Medical and sanitary report on the native army of Bombay for the year
Year: 1877
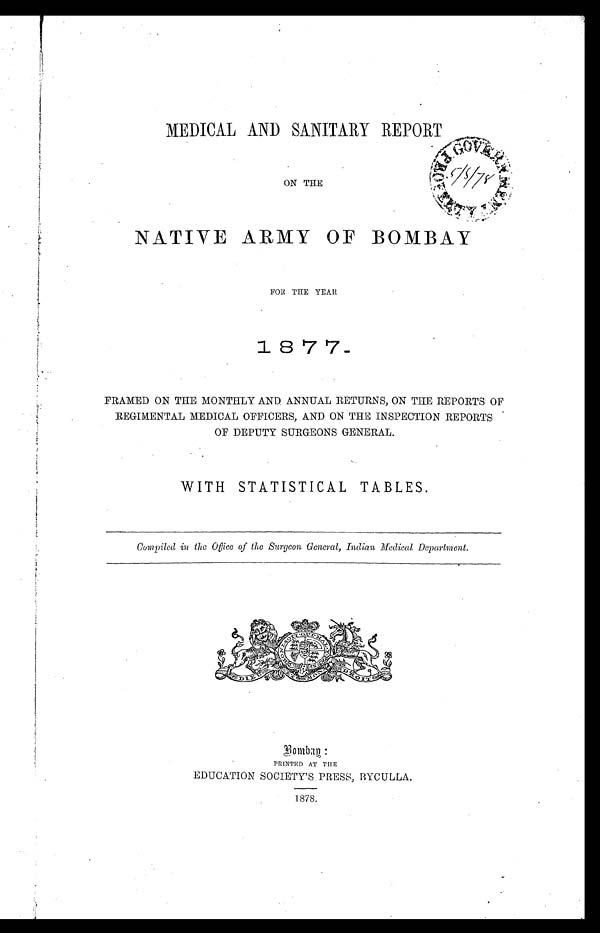
MEDICAL AND SANITARY REPORT
ON THE
NATIVE ARMY OF BOMBAY
FOR THE YEAR
1 8 7 7 -
FRAMED ON THE MONTHLY AND ANNUAL RETURNS, ON THE REPORTS OF
REGIMENTAL MEDICAL OFFICERS, AND ON THE INSPECTION REPORTS
OF DEPUTY SURGEONS GENERAL.
WITH STATISTICAL TABLES.
Compiled in the Office of the Surgeon General, Indian Medical, Department.
PRINTED AT THE
EDUCATION SOCIETY'S PRESS, BYCUL LA.
1878.